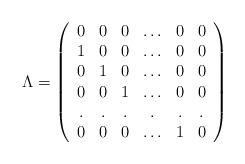
LaTeX: \begin{align*}\Lambda=\left( \begin{array}{cccccc}0&0&0&\ldots&0&0\\1&0&0&\ldots&0&0\\0&1&0&\ldots&0&0\\0&0&1&\ldots&0&0\\.&.&.&.&.&.\\0&0&0&\ldots&1&0 \end{array}\right)\end{align*}